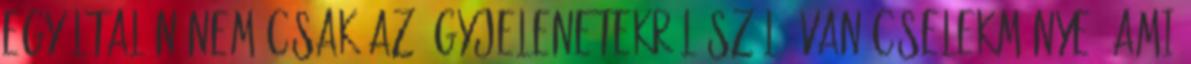
Egyáltalán nem csak az ágyjelenetekről szól. Van cselekménye, ami